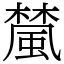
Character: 檒